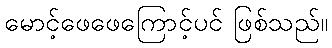
မောင့်ဖေဖေကြောင့်ပင် ဖြစ်သည်။